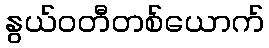
နွယ်ဝတီတစ်ယောက်